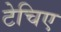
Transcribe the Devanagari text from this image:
टेचिए